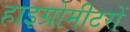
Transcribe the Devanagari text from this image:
हाइग्रोमीटरों